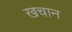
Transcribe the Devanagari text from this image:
खचान